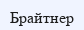
Брайтнер